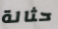
حثالة